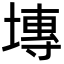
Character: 塼